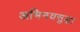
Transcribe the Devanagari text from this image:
अभिनयसुद्धा